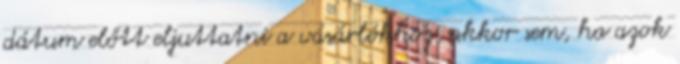
dátum előtt eljuttatni a vásárlókhoz, akkor sem, ha azok